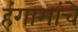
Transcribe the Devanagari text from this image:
हंगामांचे